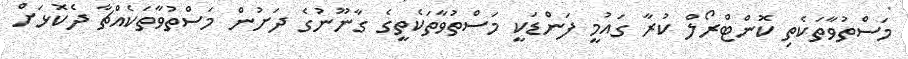
މަސްތުވާތަކެތި ކޮންޓްރޯލް ކުރާ ގައުމީ ފަންޑަކީ މަސްތުވާތަކެތީގެ ގާނޫނުގެ ދަށުން މަސްތުވާތަކެއްޗާ ދެކޮޅަށް